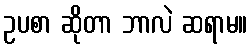
ဥပစာ ဆိုတာ ဘာလဲ ဆရာမ။